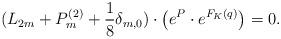
LaTeX: \begin{align*}(L_{2m}+P_m^{(2)}+\frac{1}{8}\delta_{m,0}) \cdot \left(e^P\cdot e^{F_K(q)}\right)=0.\end{align*}